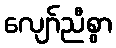
လျော်ညီစွာ